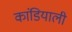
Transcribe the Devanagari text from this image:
कांडियाली